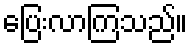
ပြေးလာကြသည်။